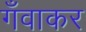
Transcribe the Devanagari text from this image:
गँवाकर